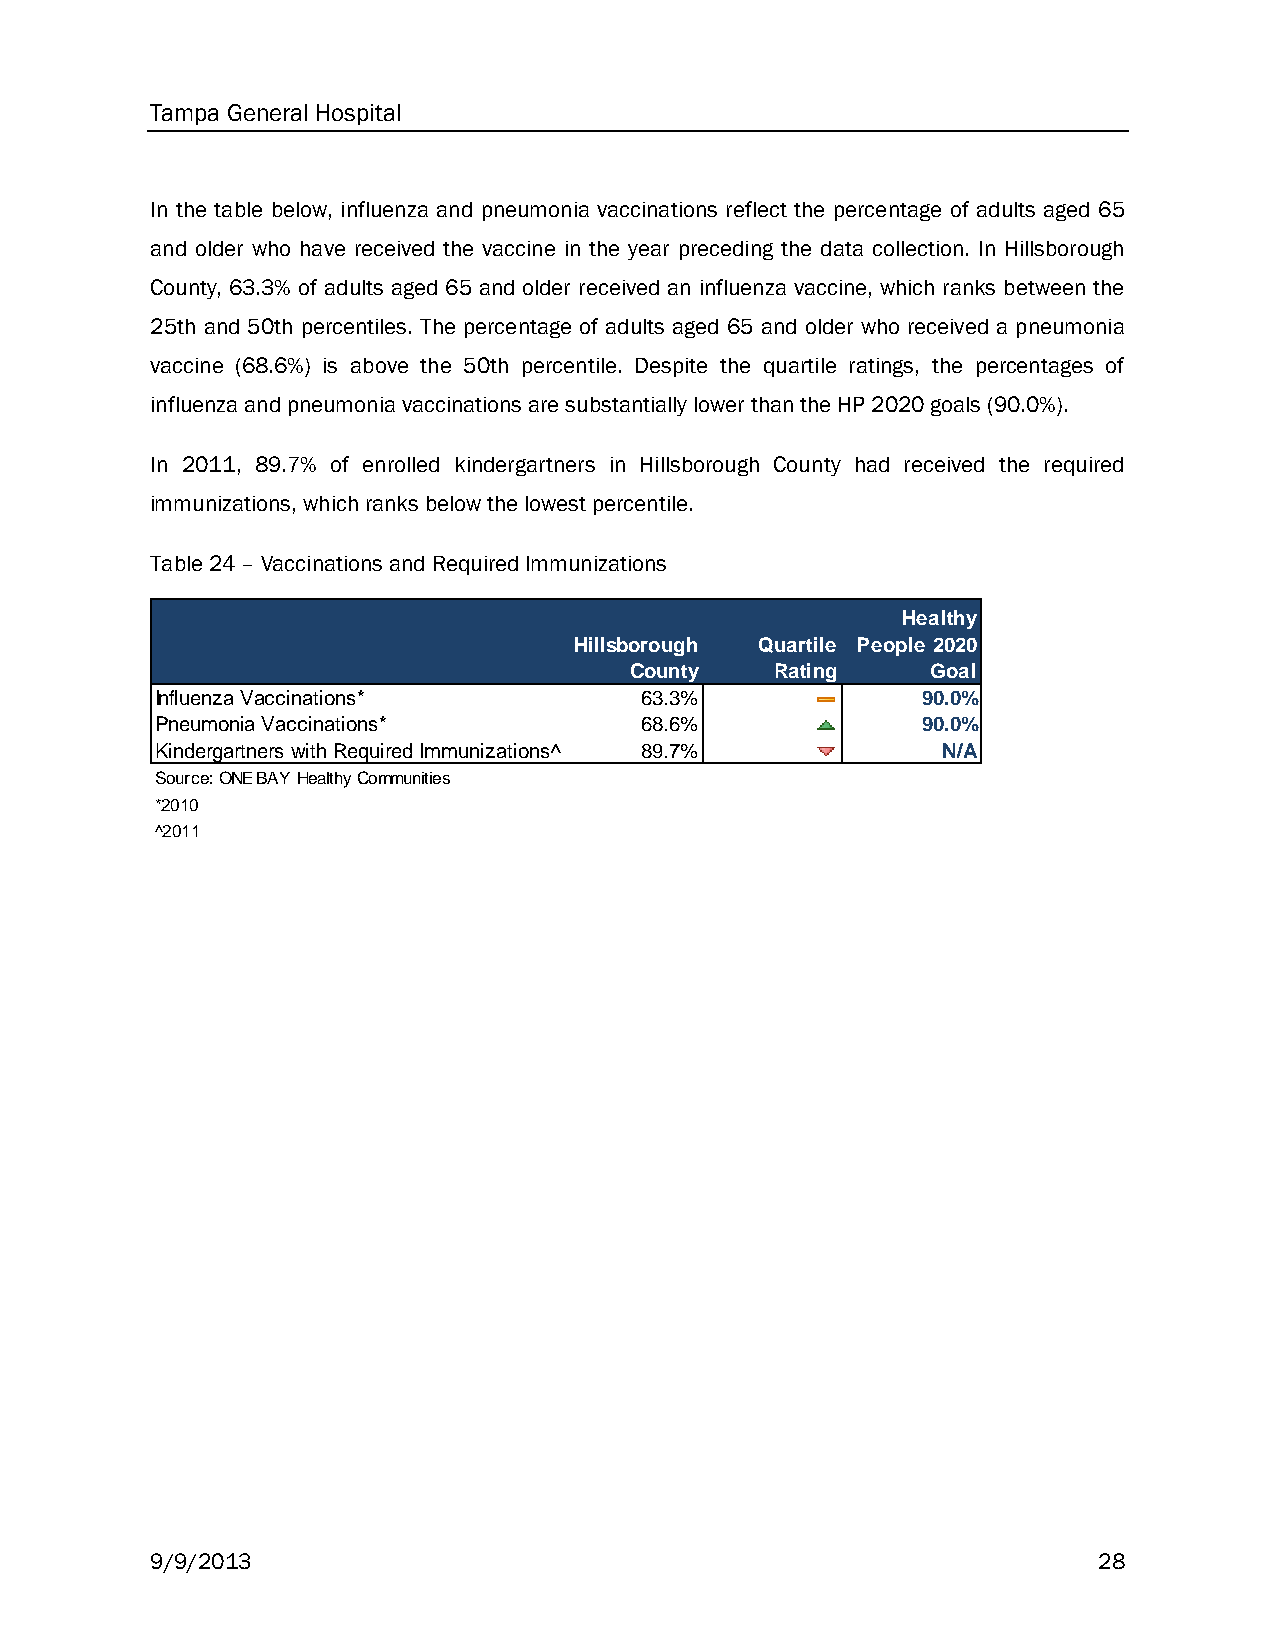
Tampa General Hospital
 In the table below, influenza and pneumonia vaccinations reflect the percentage of adults aged 65
 and older who have received the vaccine in the year preceding the data collection. In Hillsborough
 County, 63.3% of adults aged 65 and older received an influenza vaccine, which ranks between the
 25th and 50th percentiles. The percentage of adults aged 65 and older who received a pneumonia
 vaccine (68.6%) is above the 50th percentile. Despite the quartile ratings, the percentages of
 influenza and pneumonia vaccinations are substantially lower than the HP 2020 goals (90.0%).
 In 2011, 89.7% of enrolled kindergartners in Hillsborough County had received the required
 immunizations, which ranks below the lowest percentile.
 Table 24 – Vaccinations and Required Immunizations
 Healthy
 Hillsborough Quartile People 2020
 County   Rating     Goal
 Influenza Vaccinations*         63.3%              90.0%
 Pneumonia Vaccinations*         68.6%              90.0%
 Kindergartners with Required Immunizations^ 89.7%   N/A
 Source: ONE BAY Healthy Communities
 *2010
 ^2011
 9/9/2013                                                       28